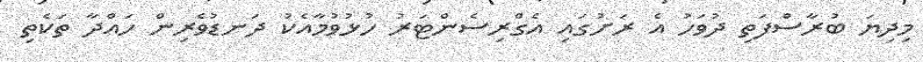
މިދިޔަ ބުރާސްފަތި ދުވަހު އެ ރަށުގައި އެގްރިސެންޓަރު ހުޅުވުމާއެކު ދަނޑުވެރިން ހައްދާ ތަކެތި